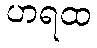
ဟရထ